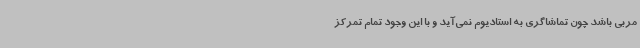
مربی باشد چون تماشاگری به استادیوم نمی‌آید و با این وجود تمام تمرکز